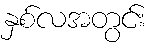
နှစ်လအတွင်း